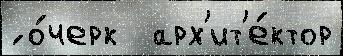
́ о́черк  арх'ит'е́ктор